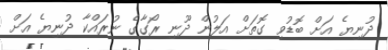
ދުނިޔެ އަށް ބޮޑުވި ގޮތަށް އަލުން ދޫނި ރޯގާގެ ނުރައްކާ ދުނިޔެ އަށް